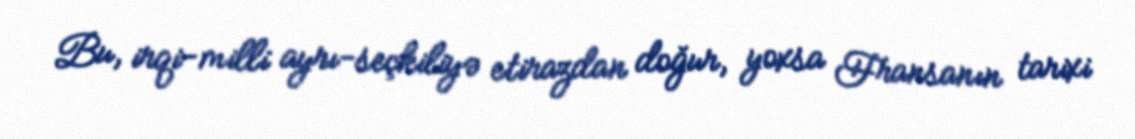
Bu, irqi-milli ayrı-seçkiliyə etirazdan doğur, yoxsa Fransanın tarixi